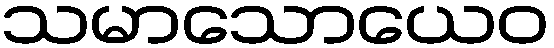
သမာသောယေဝ